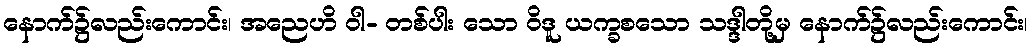
နောက်၌လည်းကောင်း၊ အညေဟိ ဝါ- တစ်ပါး သော ဝိဒူ ယက္ခစသော သဒ္ဒါတို့မှ နောက်၌လည်းကောင်း၊